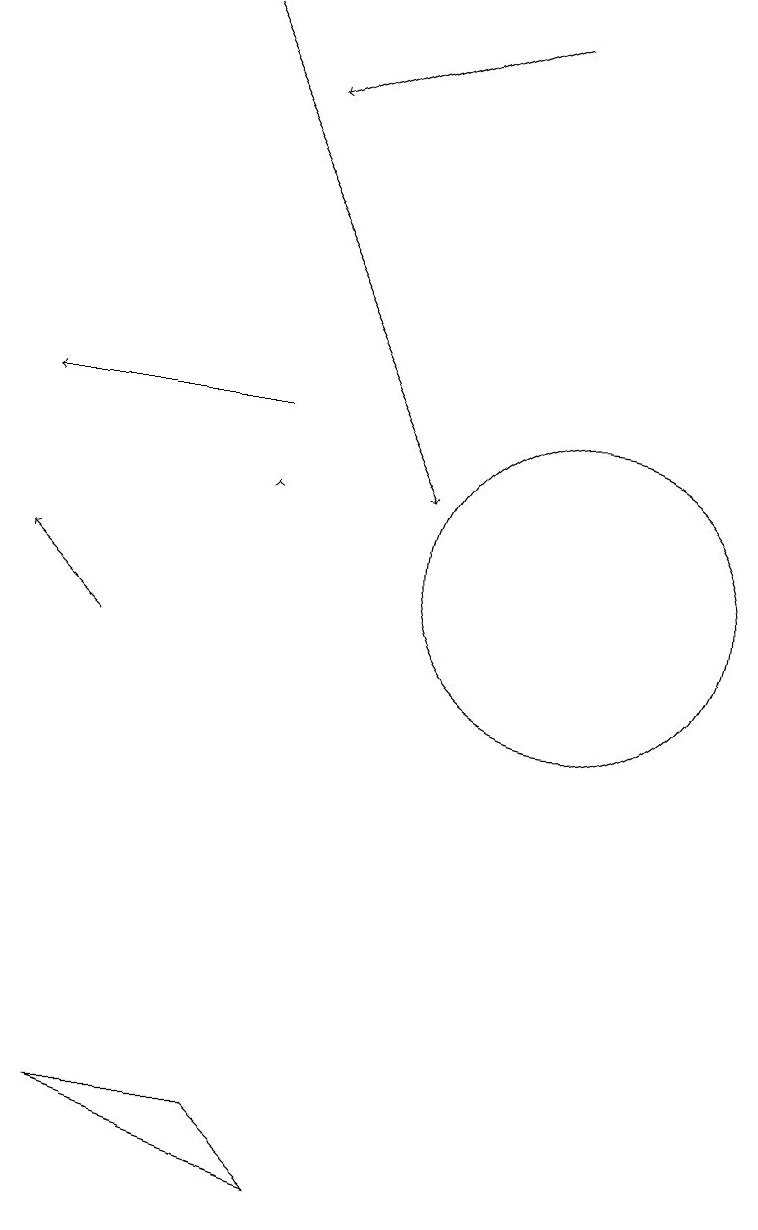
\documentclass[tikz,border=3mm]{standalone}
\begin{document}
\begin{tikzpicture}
\draw[->] (4,10) -- (3,11);
\draw[->] (6,13) -- (3,13);
\draw (4,4) -- (6,4) -- (7,3) -- cycle;
\draw[->] (6,12) -- (6,12);
\draw[->] (5,18) -- (8,12);
\draw[->] (9,18) -- (6,17);
\draw (10,11) circle (2);
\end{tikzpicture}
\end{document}